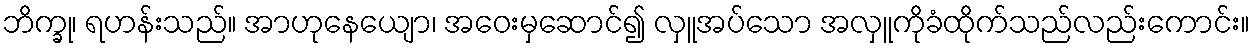
ဘိက္ခု၊ ရဟန်းသည်။ အာဟုနေယျော၊ အဝေးမှဆောင်၍ လှူအပ်သော အလှူကိုခံထိုက်သည်လည်းကောင်း။